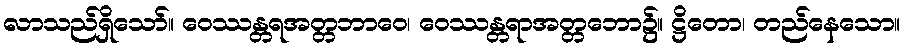
လာသည်ရှိသော်။ ဝေဿန္တရအတ္တဘာဝေ၊ ဝေဿန္တရာအတ္တဘော၌။ ဋ္ဌိတော၊ တည်နေသော။